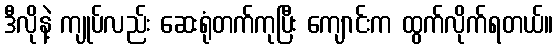
ဒီလိုနဲ့ ကျုပ်လည်း ဆေးရုံတက်ကုပြီး ကျောင်းက ထွက်လိုက်ရတယ်။